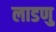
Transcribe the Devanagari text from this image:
लाडणु